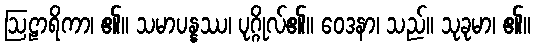
ဩဠာရိကာ၊ ၏။ သမာပန္နဿ၊ ပုဂ္ဂိုလ်၏။ ဝေဒနာ၊ သည်။ သုခုမာ၊ ၏။